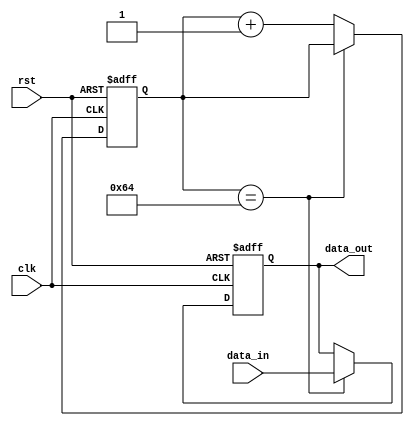
module latch_delay (
  input wire clk,
  input wire rst,
  input wire data_in,
  output reg data_out
);

reg [15:0] delay_count;

always @(posedge clk or posedge rst) begin
  if (rst) begin
    delay_count <= 16'b0;
    data_out <= 1'b0;
  end else begin
    if (delay_count == 16'd100) begin
      data_out <= data_in;
    end else begin
      delay_count <= delay_count + 1;
    end
  end
end

endmodule